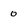
Character: o